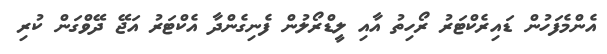
އެންމެފަހުން ޑައިރެކްޓަރު ރޯހިތު އާއި ލީޑްރޯލުން ފެނިގެންދާ އެކްޓަރު އަޖޭ ދޭވްގަން ކުރި